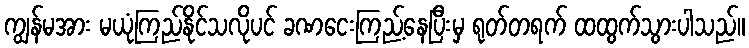
ကျွန်မအား မယုံကြည်နိုင်သလိုပင် ခဏငေးကြည့်နေပြီးမှ ရုတ်တရက် ထထွက်သွားပါသည်။